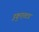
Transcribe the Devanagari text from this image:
इकुएतटड